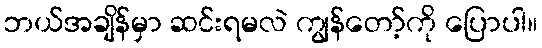
ဘယ်အချိန်မှာ ဆင်းရမလဲ ကျွန်တော့်ကို ပြောပါ။